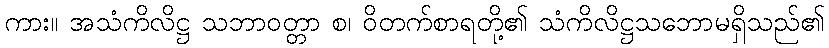
ကား။ အသံကိလိဋ္ဌ သဘာဝတ္တာ စ၊ ဝိတက်စာရတို့၏ သံကိလိဋ္ဌသဘောမရှိသည်၏